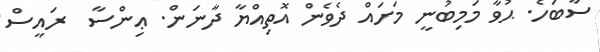
ސާބަހެ. ޙުވާ މަމިބުނީ މަށައް ދެވެން އޮތިއްޔާ ދާނަން. ޢިންސާ  ރައީސް